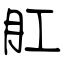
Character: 肛